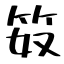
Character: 笯